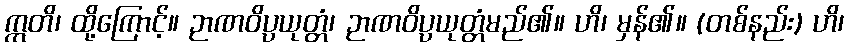
ဣတိ၊ ထို့ကြောင့်။ ဉာဏဝိပ္ပယုတ္တံ၊ ဉာဏဝိပ္ပယုတ္တံမည်၏။ ဟိ၊ မှန်၏။ (တစ်နည်း) ဟိ၊